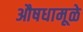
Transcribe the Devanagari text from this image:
औषधामूळे